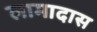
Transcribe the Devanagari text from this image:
लामादास